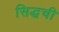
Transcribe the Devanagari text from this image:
सिद्धची